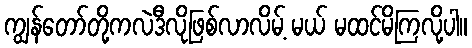
ကျွန်တော်တို့ကလဲဒီလိုဖြစ်လာလိမ့် မယ် မထင်မိကြလို့ပါ။